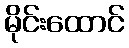
မိုင်းထောင်